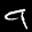
Label: 9